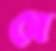
মে